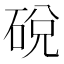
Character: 䂱